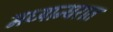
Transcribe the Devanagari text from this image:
मध्यान्घरात